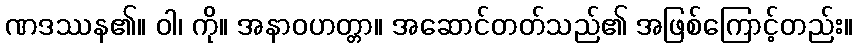
ဏဒဿန၏။ ဝါ၊ ကို။ အနာဝဟတ္တာ။ အဆောင်တတ်သည်၏ အဖြစ်ကြောင့်တည်း။